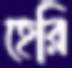
হেরি